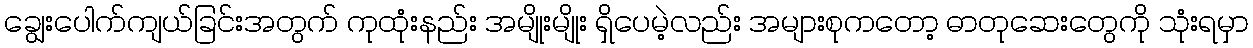
ချွေးပေါက်ကျယ်ခြင်းအတွက် ကုထုံးနည်း အမျိုးမျိုး ရှိပေမဲ့လည်း အများစုကတော့ ဓာတုဆေးတွေကို သုံးရမှာ